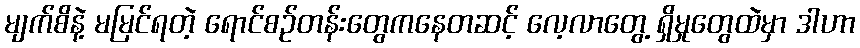
မျက်စိနဲ့ မမြင်ရတဲ့ ရောင်စဉ်တန်းတွေကနေတဆင့် လေ့လာတွေ့ ရှိမှုတွေထဲမှာ ဒါဟာ